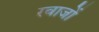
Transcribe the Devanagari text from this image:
रवाजों